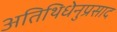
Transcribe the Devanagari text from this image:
अतिथिधेनुप्रसाद